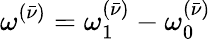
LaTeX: \omega^{(\bar{\nu})}=\omega_{1}^{(\bar{\nu})}-\omega_{0}^{(\bar{\nu})}